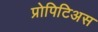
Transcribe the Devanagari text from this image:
प्रोपिटिअस